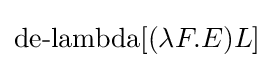
\operatorname {de-lambda} [(\lambda F.E)L]